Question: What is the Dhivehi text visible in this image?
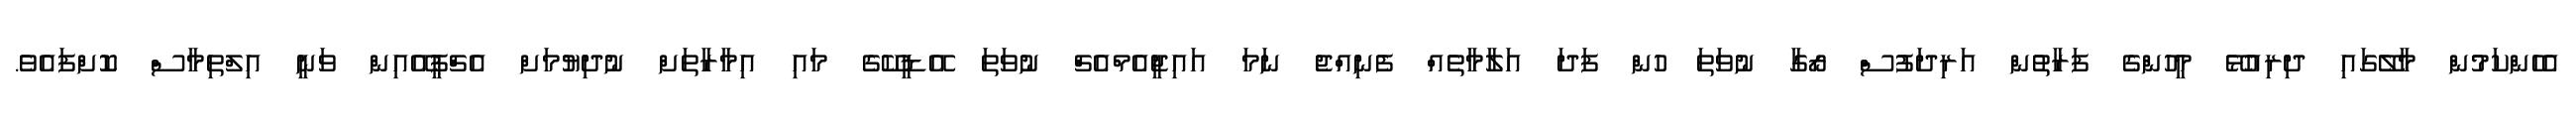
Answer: އެހެންކަމުން މާލޭގައި ދިރިއުޅޭ މީހުންގެ ފަރާތުން އަރިދަފުސް ރޯގާ ނުވަތަ ހުން ފަދަ އަލާމާތެއް ފެނިއްޖެ ނަމަ އައިޖީއެމްއެޗް ނުވަތަ އޭޑީކޭގެ މައި އިމާރާތަށް ނުދިޔުމަށް އެޗްޕީއޭއިން ވަނީ އިލްތިމާސް ކޮށްފައެވެ.